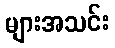
များအသင်း